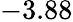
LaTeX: -3.88